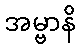
အမ္ဗာနိ